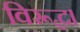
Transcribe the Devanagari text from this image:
विरूद्ध।